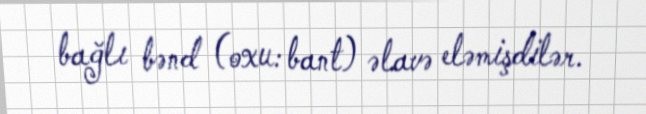
bağlı bənd (oxu: bant) əlavə eləmişdilər.